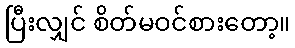
ပြီးလျှင် စိတ်မဝင်စားတော့။